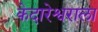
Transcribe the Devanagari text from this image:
केदारेश्वराला